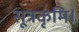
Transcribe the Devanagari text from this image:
सूत्रकृमि।